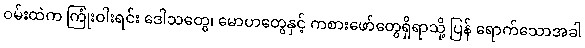
ဝမ်းထဲက ကြုံးဝါးရင်း ဒေါသတွေ၊ မောဟတွေနှင့် ကစားဖော်တွေရှိရာသို့ ပြန် ရောက်သောအခါ